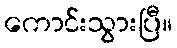
ကောင်းသွားပြီ။